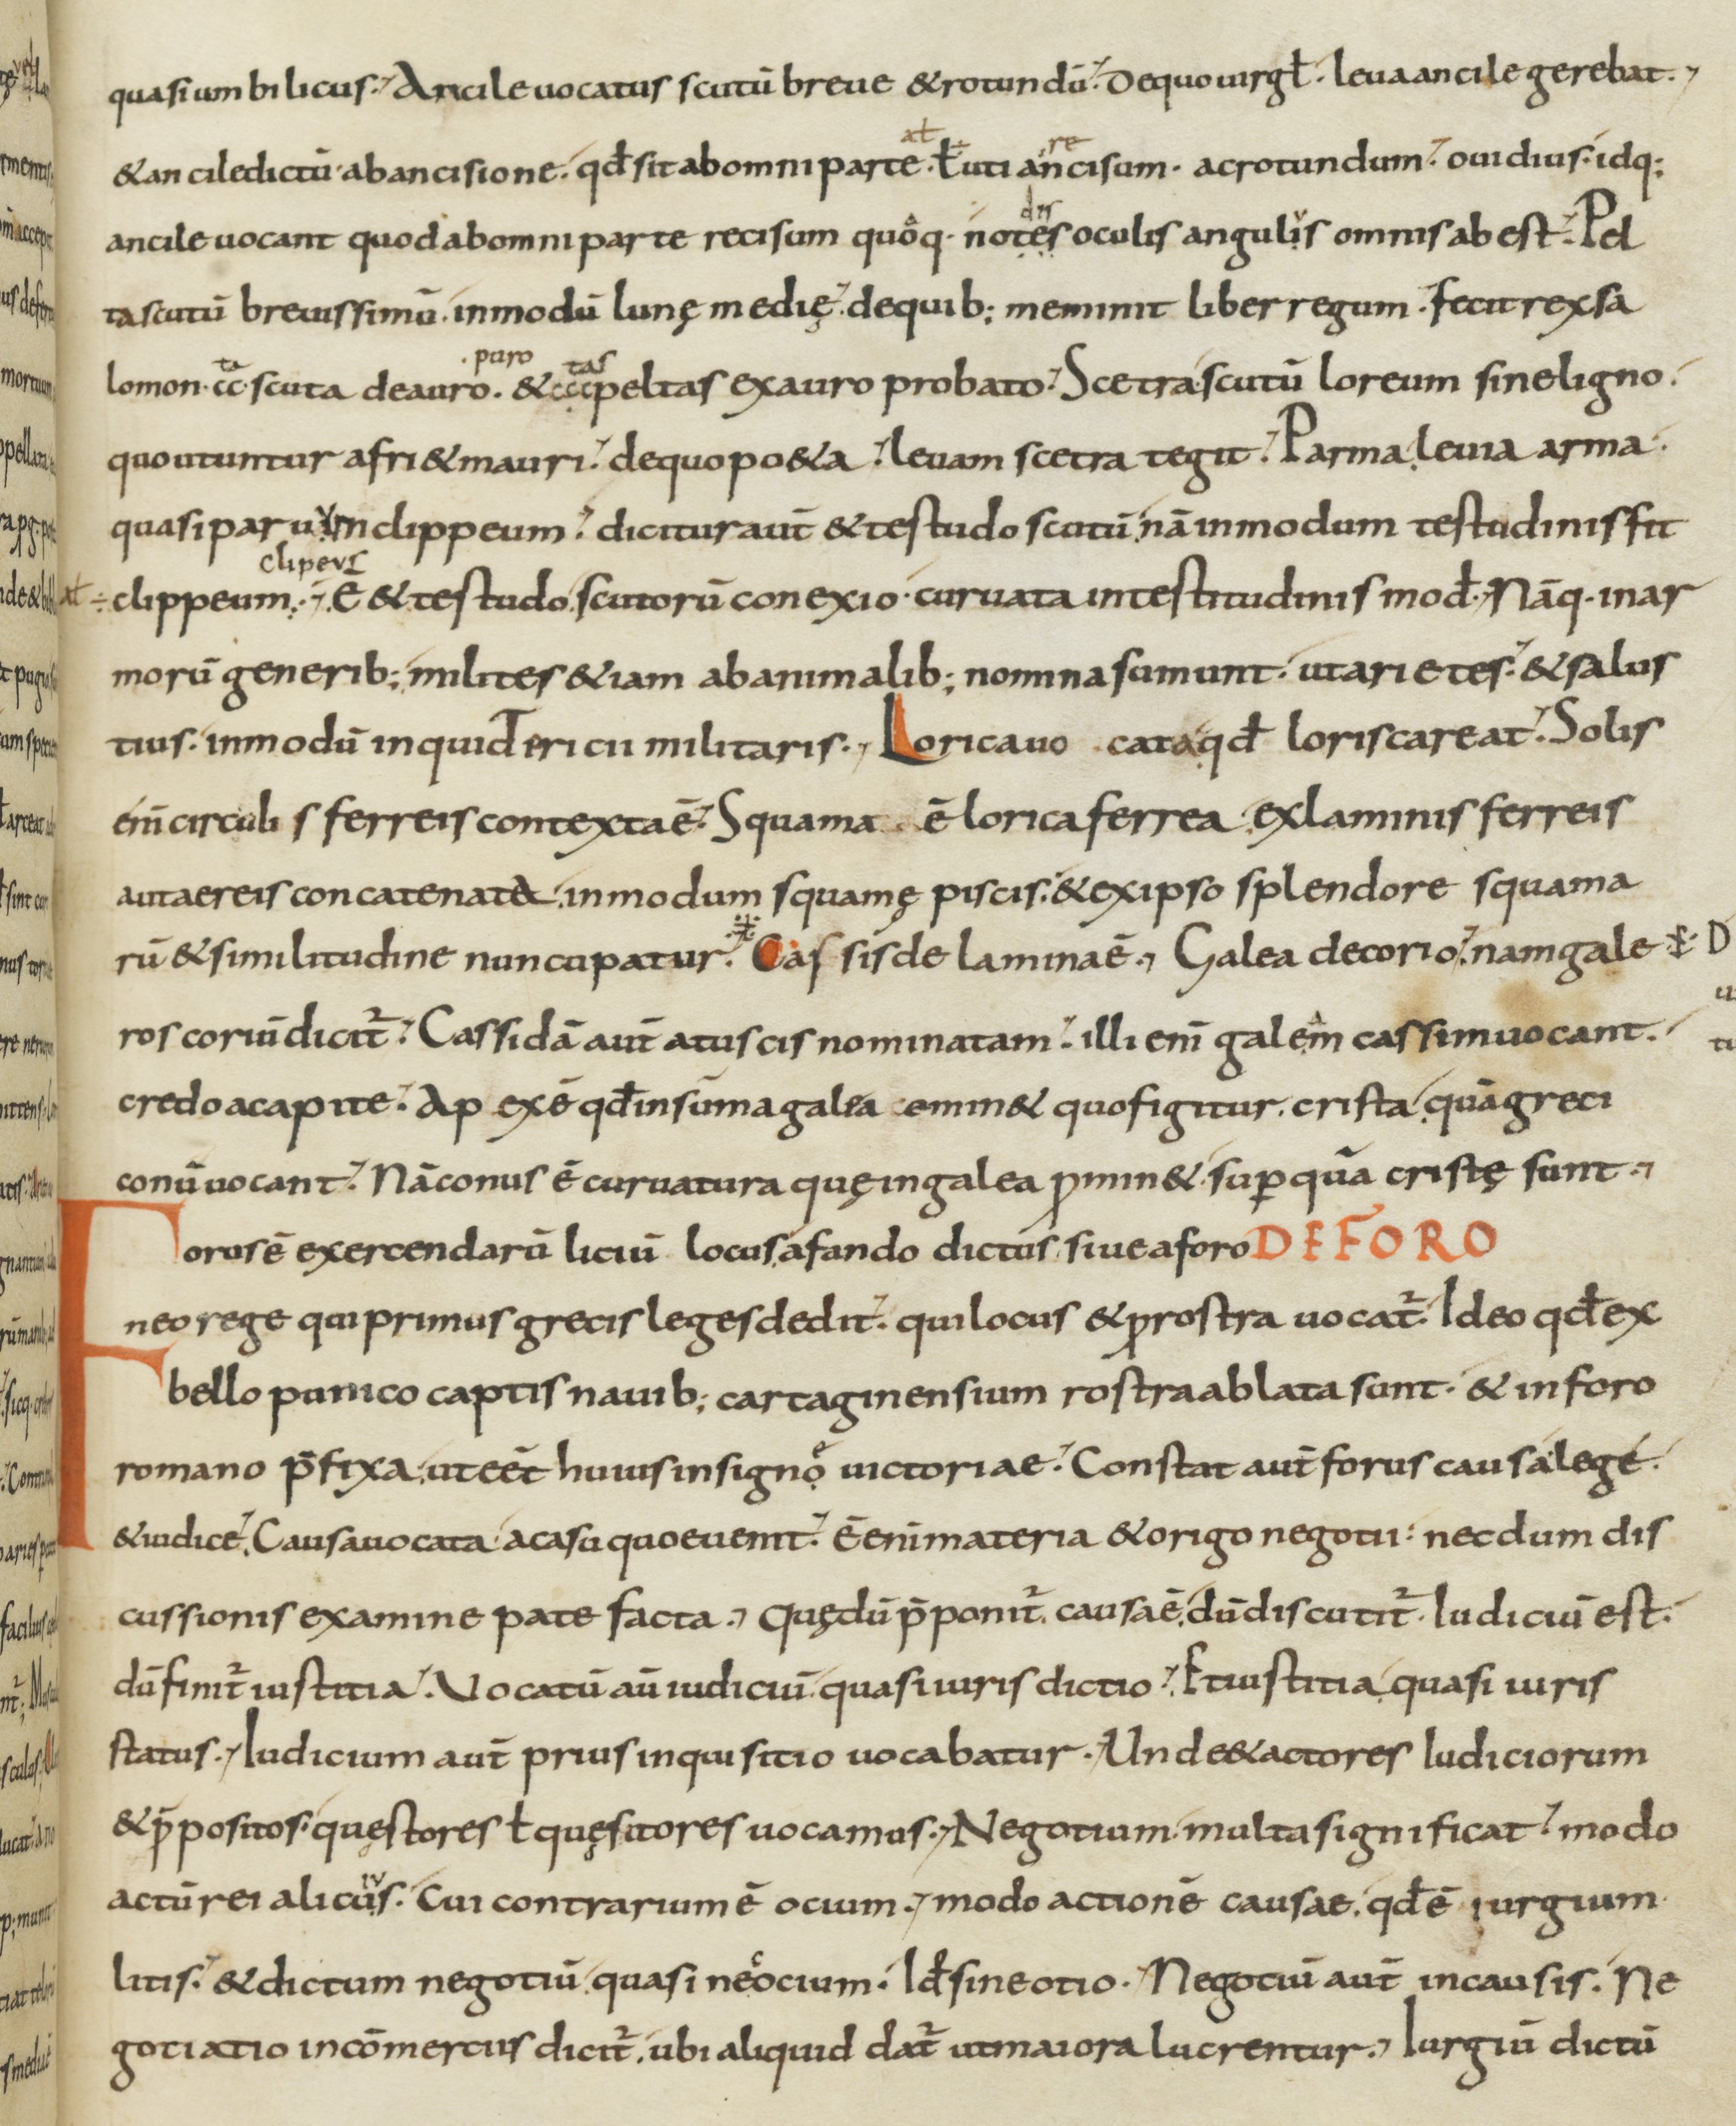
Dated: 833–865